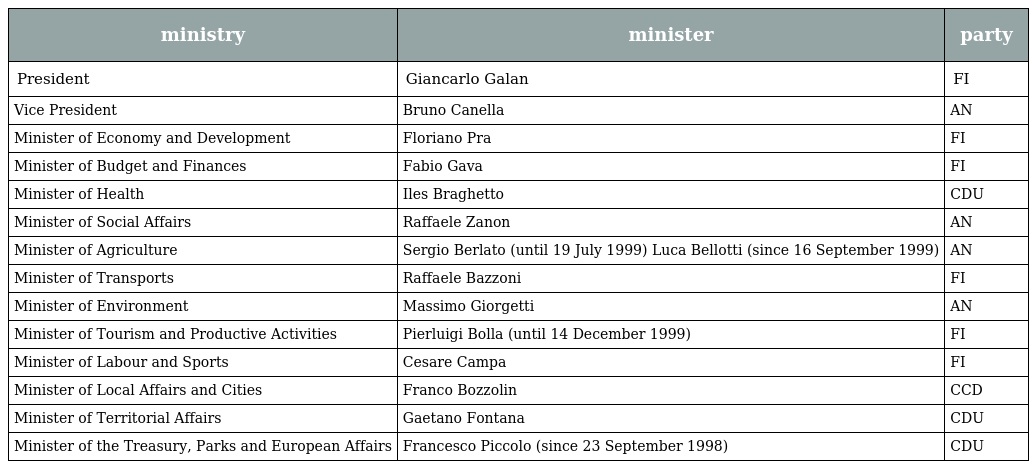
| ministry | minister | party |
 | --- | --- | --- |
 | President | Giancarlo Galan | FI |
 | Vice President | Bruno Canella | AN |
 | Minister of Economy and Development | Floriano Pra | FI |
 | Minister of Budget and Finances | Fabio Gava | FI |
 | Minister of Health | Iles Braghetto | CDU |
 | Minister of Social Affairs | Raffaele Zanon | AN |
 | Minister of Agriculture | Sergio Berlato (until 19 July 1999) Luca Bellotti (since 16 September 1999) | AN |
 | Minister of Transports | Raffaele Bazzoni | FI |
 | Minister of Environment | Massimo Giorgetti | AN |
 | Minister of Tourism and Productive Activities | Pierluigi Bolla (until 14 December 1999) | FI |
 | Minister of Labour and Sports | Cesare Campa | FI |
 | Minister of Local Affairs and Cities | Franco Bozzolin | CCD |
 | Minister of Territorial Affairs | Gaetano Fontana | CDU |
 | Minister of the Treasury, Parks and European Affairs | Francesco Piccolo (since 23 September 1998) | CDU |